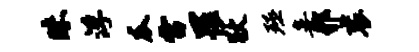
昧浮瓜雷罹狄殛妾邪衮